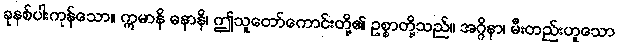
ခုနစ်ပါးကုန်သော။ ဣမာနိ ဓနာနိ၊ ဤသူတော်ကောင်းတို့၏ ဥစ္စာတို့သည်။ အဂ္ဂိနာ၊ မီးတည်းဟူသော